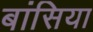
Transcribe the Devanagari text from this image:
बांसिया